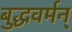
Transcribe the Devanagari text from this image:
बुद्धवर्मन्